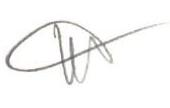
KV